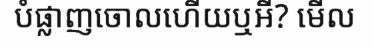
បំផ្លាញចោលហើយឬអី? មើល